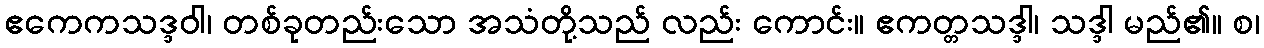
ဧကေကသဒ္ဒဝါ၊ တစ်ခုတည်းသော အသံတို့သည် လည်း ကောင်း။ ဧကတ္တသဒ္ဒါ၊ သဒ္ဒါ မည်၏။ စ၊